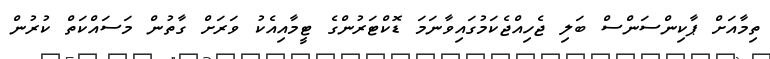
ތިމާއަށް ޕާކިންސަންސް ބަލި ޖެހިއްޖެކަމުގައިވާނަމަ ޑޮކްޓަރުންގެ ޓީމާއިއެކު ވަރަށް ގާތުން މަސައްކަތް ކުރުން